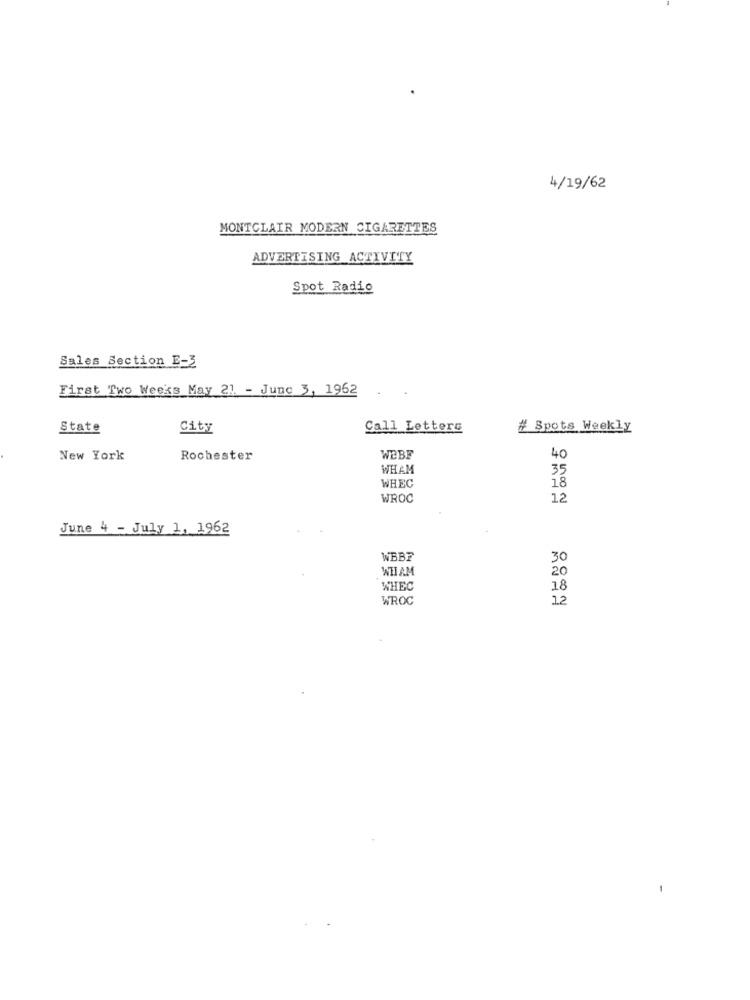
4/19/62
MONTCLAIR MODERN CIGARETTES
ADVERTISING ACTIVITY
Spot Radio
Sales Section E-3
First Two Weeks May 21 - Juno 3, 1962
State
City
Call Letters
# Spots Weekly
New York
Rochester
WEBF
40
WHAM
35
WHEC
18
WROC
12
June 4 - July 1, 1962
WEBF
30
WITAM
20
WHEC
18
WROC
12